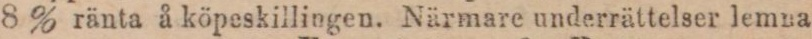
8 % ränta å köpeskillingen. Närmare underrättelser lemna